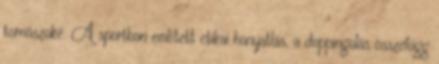
tornászoké. A sportban említett etikai hanyatlás, a doppingolás összefügg